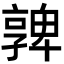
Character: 𡦟